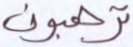
ترهبون